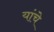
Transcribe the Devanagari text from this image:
यांंचे